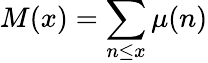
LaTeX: M(x)=\sum_{n\leq x}\mu(n)